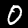
Digit: 0